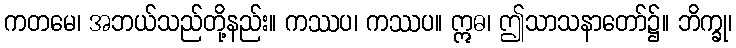
ကတမေ၊ အဘယ်သည်တို့နည်း။ ကဿပ၊ ကဿပ။ ဣဓ၊ ဤသာသနာတော်၌။ ဘိက္ခု၊